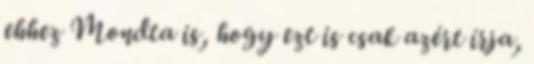
ehhez Mondta is, hogy ezt is csak azért írja,